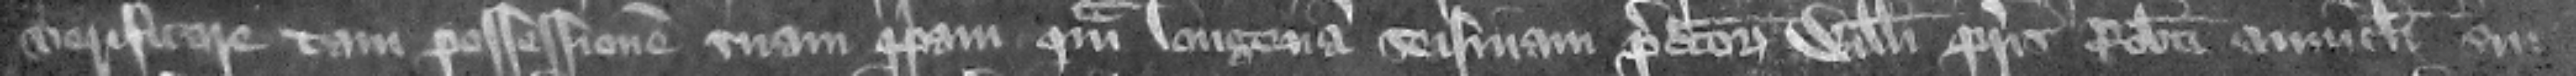
verificare tam possessionem suam propriam quam longtinam seisinam predictorum Willelmi patris Roberti auunculi sui